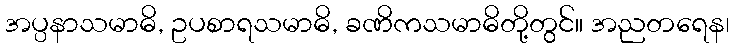
အပ္ပနာသမာဓိ, ဥပစာရသမာဓိ, ခဏိကသမာဓိတို့တွင်။ အညတရေန၊